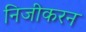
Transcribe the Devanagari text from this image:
निजीकरन